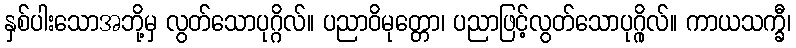
နှစ်ပါးသောအဘို့မှ လွတ်သောပုဂ္ဂိလ်။ ပညာဝိမုတ္တော၊ ပညာဖြင့်လွတ်သောပုဂ္ဂိုလ်။ ကာယသက္ခီ၊